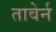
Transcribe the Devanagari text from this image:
तावेर्न